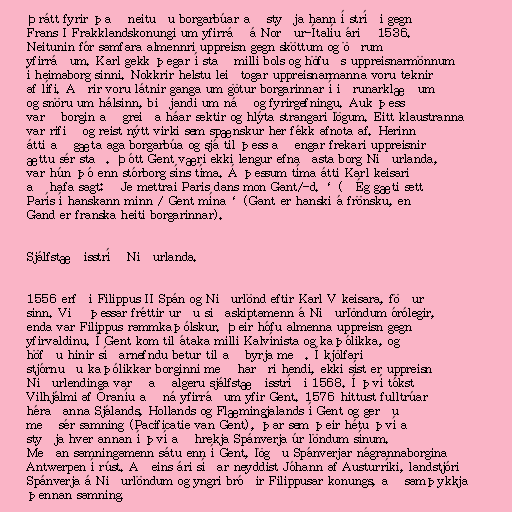
Þrátt fyrir það neituðu borgarbúar að styðja hann í stríði gegn
Frans I Frakklandskonungi um yfirráð á Norður-Ítalíu árið 1536.
Neitunin fór samfara almennri uppreisn gegn sköttum og öðrum
yfirráðum. Karl gekk þegar í stað milli bols og höfuðs uppreisnarmönnum
í heimaborg sinni. Nokkrir helstu leiðtogar uppreisnarmanna voru teknir
af lífi. Aðrir voru látnir ganga um götur borgarinnar í iðrunarklæðum
og snöru um hálsinn, biðjandi um náð og fyrirgefningu. Auk þess
varð borgin að greiða háar sektir og hlýta strangari lögum. Eitt klaustranna
var rifið og reist nýtt virki sem spænskur her fékk afnota af. Herinn
átti að gæta aga borgarbúa og sjá til þess að engar frekari uppreisnir
ættu sér stað. Þótt Gent væri ekki lengur efnaðasta borg Niðurlanda,
var hún þó enn stórborg síns tíma. Á þessum tíma átti Karl keisari
að hafa sagt: ‚Je mettrai Paris dans mon Gant/-d.‘ (‚Ég gæti sett
París í hanskann minn / Gent mína‘ (Gant er hanski á frönsku, en
Gand er franska heiti borgarinnar).

Sjálfstæðisstríð Niðurlanda.

1556 erfði Filippus II Spán og Niðurlönd eftir Karl V keisara, föður
sinn. Við þessar fréttir urðu siðaskiptamenn á Niðurlöndum órólegir,
enda var Filippus rammkaþólskur. Þeir hófu almenna uppreisn gegn
yfirvaldinu. Í Gent kom til átaka milli Kalvínista og kaþólikka, og
höfðu hinir síðarnefndu betur til að byrja með. Í kjölfarið
stjórnuðu kaþólikkar borginni með harðri hendi, ekki síst er uppreisn
Niðurlendinga varð að algeru sjálfstæðisstríði 1568. Í því tókst
Vilhjálmi af Óraníu að ná yfirráðum yfir Gent. 1576 hittust fulltrúar
héraðanna Sjálands, Hollands og Flæmingjalands í Gent og gerðu
með sér samning (Pacificatie van Gent), þar sem þeir hétu því að
styðja hver annan í því að hrekja Spánverja úr löndum sínum.
Meðan samningamenn sátu enn í Gent, lögðu Spánverjar nágrannaborgina
Antwerpen í rúst. Aðeins ári síðar neyddist Jóhann af Austurríki, landstjóri
Spánverja á Niðurlöndum og yngri bróðir Filippusar konungs, að samþykkja
þennan samning.